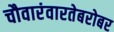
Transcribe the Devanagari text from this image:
चौवारंवारतेबरोबर